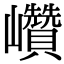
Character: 巑